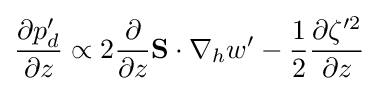
{\frac {\partial p_{d}'}{\partial z}}\propto 2{\frac {\partial }{\partial z}}\mathbf {S} \cdot \nabla _{h}w'-{\frac {1}{2}}{\frac {\partial \zeta '^{2}}{\partial z}}